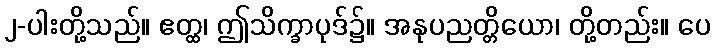
၂-ပါးတို့သည်။ ဧတ္ထ၊ ဤသိက္ခာပုဒ်၌။ အနုပညတ္တိယော၊ တို့တည်း။ ပေ